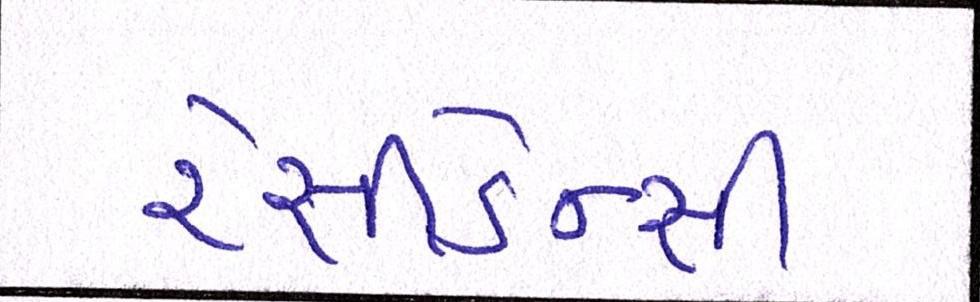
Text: રેસીડેન્સી